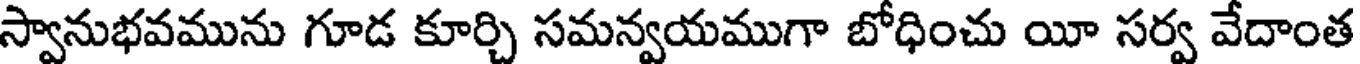
స్వానుభవమును గూడ కూర్చి సమన్వయముగా బోధించు యీ సర్వ వేదాంత